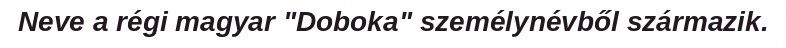
Neve a régi magyar "Doboka" személynévből származik.